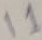
Text: I1